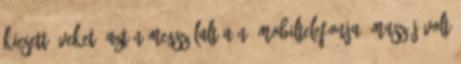
kiesett éveket. Aztán megszólalt a nő mobiltelefonja. Muszáj volt